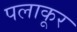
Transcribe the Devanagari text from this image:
पलाकूर